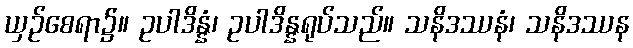
ယှဉ်စေရာ၌။ ဥပါဒိန္နံ၊ ဥပါဒိန္နရုပ်သည်။ သနိဒဿနံ၊ သနိဒဿန